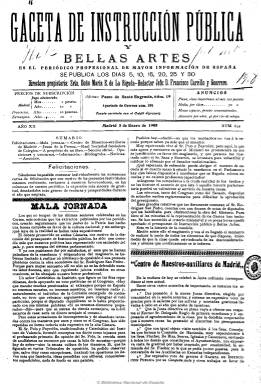
Título: Gaceta de instrucción pública y bellas artes
Colección: Educación
Ámbito geográfico: Madrid
Lugar de publicación: Madrid
Fechas: 05/01/1908-26/09/1917

Se trata de la Gaceta de instrucción pública, periódico de carácter profesional dirigido a los pedagogos de la enseñanza primaria, secundaria y universitaria, así como a las enseñanzas especializadas, que viene publicándose desde el uno de febrero de 1889 y que a partir del cinco de enero de 1908 amplia su título. Su propietaria y directora es María Encarnación de La Rigada Ramón (1863-1930), profesora de matemáticas en la Escuela Central de Maestras de Madrid y autora de obras de su especialidad y sobre educación especial y educación social.

Sigue apareciendo seis veces al mes, siendo su redactor-jefe Francisco Carrillo Guerrero, puesto que será ocupado también por Blas J. Zambrano, padre de la futura escritora María Zambrano. En sus números, de ocho páginas, inserta artículos en defensa de las reivindicaciones profesionales (que más tarde dejará de incluir) y especialmente la normativa legal referente a los cuerpos docentes, así como a oposiciones y concursos y demás movimiento de personal de los centros de enseñanza, bibliografía y noticias, además de algunos anuncios comerciales.

Finalmente reducirá su periodicidad a semanal (saliendo los miércoles), a la vez que aumenta sus entregas hasta las dieciséis páginas. Después de casi treinta años de estar publicándola, De La Rigada editará su último número el 26 de septiembre de 1917, al ser nombrada directora de la Escuela Central de Maestras de Madrid.